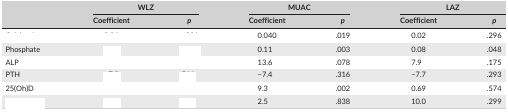
<table><thead><tr><td rowspan="2">[EMPTY_CELL]</td><td colspan="2"><b>WLZ</b></td><td colspan="2"><b>MUAC</b></td><td colspan="2"><b>LAZ</b></td></tr><tr><td><b>Coefficient</b></td><td><b><i>p</i></b></td><td><b>Coefficient</b></td><td><b><i>p</i></b></td><td><b>Coefficient</b></td><td><b><i>p</i></b></td></tr></thead><tbody><tr><td>[EMPTY_CELL]</td><td>[EMPTY_CELL]</td><td>[EMPTY_CELL]</td><td>0.040</td><td>.019</td><td>0.02</td><td>.296</td></tr><tr><td>Phosphate</td><td>[EMPTY_CELL]</td><td>[EMPTY_CELL]</td><td>0.11</td><td>.003</td><td>0.08</td><td>.048</td></tr><tr><td>ALP</td><td>[EMPTY_CELL]</td><td>[EMPTY_CELL]</td><td>13.6</td><td>.078</td><td>7.9</td><td>.175</td></tr><tr><td>PTH</td><td>[EMPTY_CELL]</td><td>[EMPTY_CELL]</td><td>−7.4</td><td>.316</td><td>−7.7</td><td>.293</td></tr><tr><td>25(Oh)D</td><td>[EMPTY_CELL]</td><td>[EMPTY_CELL]</td><td>9.3</td><td>.002</td><td>0.69</td><td>.574</td></tr><tr><td>[EMPTY_CELL]</td><td>[EMPTY_CELL]</td><td>[EMPTY_CELL]</td><td>2.5</td><td>.838</td><td>10.0</td><td>.299</td></tr></tbody></table>